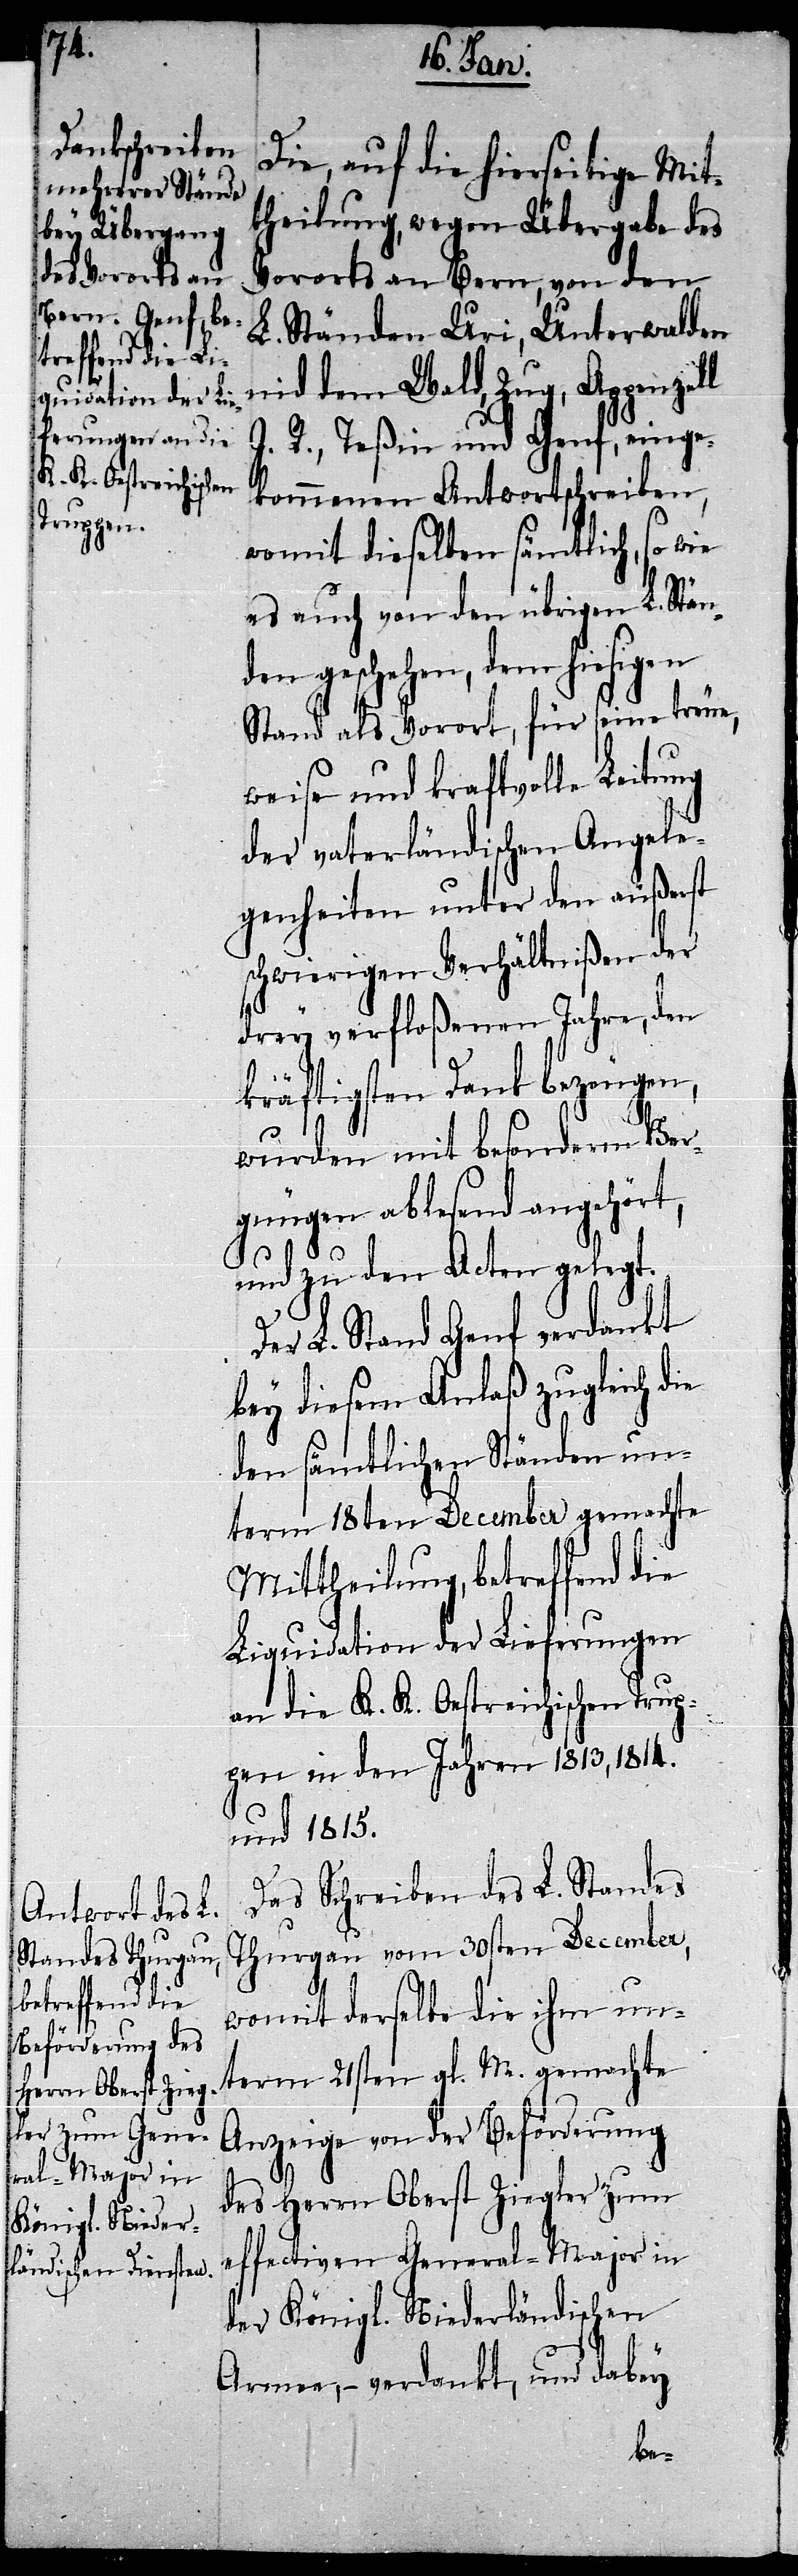
Die, auf die hierseitige Mit¬
theilung, wegen Übergabe des
Vororts an Bern, von den
L. Ständen Uri, Unterwalden
nid dem Wald, Zug, Appenzell
I. R., Teßin und Genf, einge¬
kommenen Antwortschreiben,
womit dieselben sämtlich, so wie
es auch von den übrigen L. Stän¬
den geschehen, dem hiesigen
Stand als Vorort, für seine treue,
weise und kraftvolle Leitung
der vaterländischen Angele¬
genheiten unter den äußerst
schwierigen Verhältnißen der
drey verfloßenen Jahre, den
kräftigsten Dank bezeugen,
wurden mit besonderm Ver¬
gnügen ablesend angehört,
und zu den Acten gelegt.
Der L. Stand Genf verdankt
bey diesem Anlaß zugleich die
den sämtlichen Ständen un¬
term 18ten December gemachte
Mittheilung, betreffend die
Liquidation der Lieferungen
an die K. K. Oestreichischen Trup¬
pen in den Jahren 1813, 1814.
und 1815.
Das Schreiben des L. Standes
Thurgau vom 30sten December,
womit derselbe die ihm un¬
term 21sten gl. M. gemachte
Anzeige von der Beförderung
des Herrn Oberst Ziegler zum
effectiven General-Major in
der Königl. Niederländischen
Armee, – verdankt, und dabey